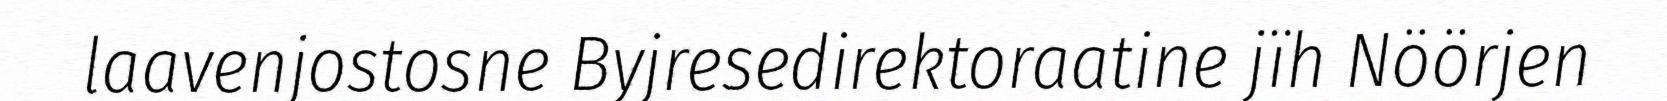
laavenjostosne Byjresedirektoraatine jïh Nöörjen